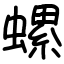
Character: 螺